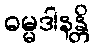
ဓမ္မဒါနန္တိ